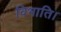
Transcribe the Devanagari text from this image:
विभाति।